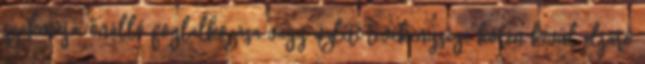
szakmája, önálló foglalkozása vagy üzleti tevékenysége körén kívül eljáró